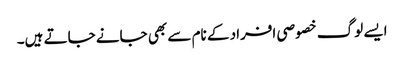
ایسے لوگ خصوصی افراد کے نام سے بھی جانے جاتے ہیں۔